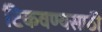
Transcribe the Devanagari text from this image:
टिकवण्यसाठी